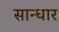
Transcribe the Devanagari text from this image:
सान्धार